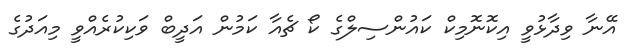
އޭނާ ވިދާޅުވީ އިކޮނޮމިކް ކައުންސިލްގެ ކޯ ޗެއާ ކަމުން އަދީބް ވަކިކުރެއްވީ މިއަދުގެ